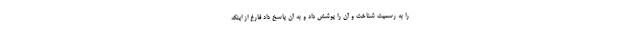
را به رسمیت شناخت و آن را پوشش داد و به آن پاسخ داد فارغ از اینکه